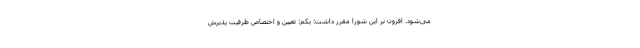
می‌شود. افزون بر این شورا مقرر داشت: یکم: تعیین و اختصاص ظرفیت پذیرش